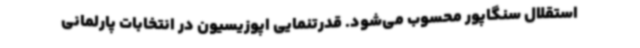
استقلال سنگاپور محسوب می‌شود. قدرتنمایی اپوزیسیون در انتخابات پارلمانی